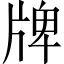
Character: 牌